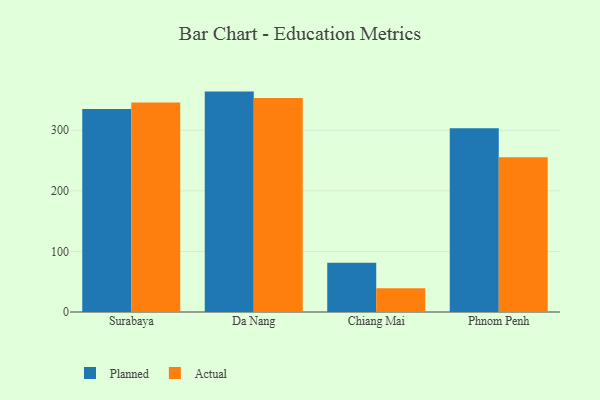
{"axis": {"x": "City", "y": "Website Visitors"}, "legend": ["Actual", "Planned"], "data": [{"x": "Surabaya", "y": 335.0, "type": "Planned"}, {"x": "Surabaya", "y": 345.8, "type": "Actual"}, {"x": "Da Nang", "y": 363.8, "type": "Planned"}, {"x": "Da Nang", "y": 353.4, "type": "Actual"}, {"x": "Chiang Mai", "y": 81.5, "type": "Planned"}, {"x": "Chiang Mai", "y": 39.2, "type": "Actual"}, {"x": "Phnom Penh", "y": 303.5, "type": "Planned"}, {"x": "Phnom Penh", "y": 255.3, "type": "Actual"}]}